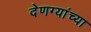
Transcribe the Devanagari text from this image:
देणग्यांच्या